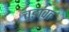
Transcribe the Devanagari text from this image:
चूङावत